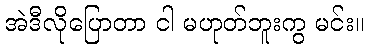
အဲဒီလိုပြောတာ ငါ မဟုတ်ဘူးကွ မင်း။